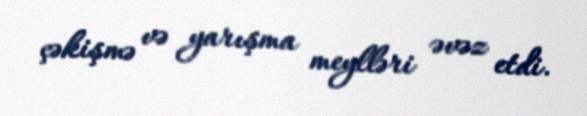
çəkişmə və yarışma meylləri əvəz etdi.